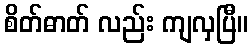
စိတ်ဓာတ် လည်း ကျလှပြီ။